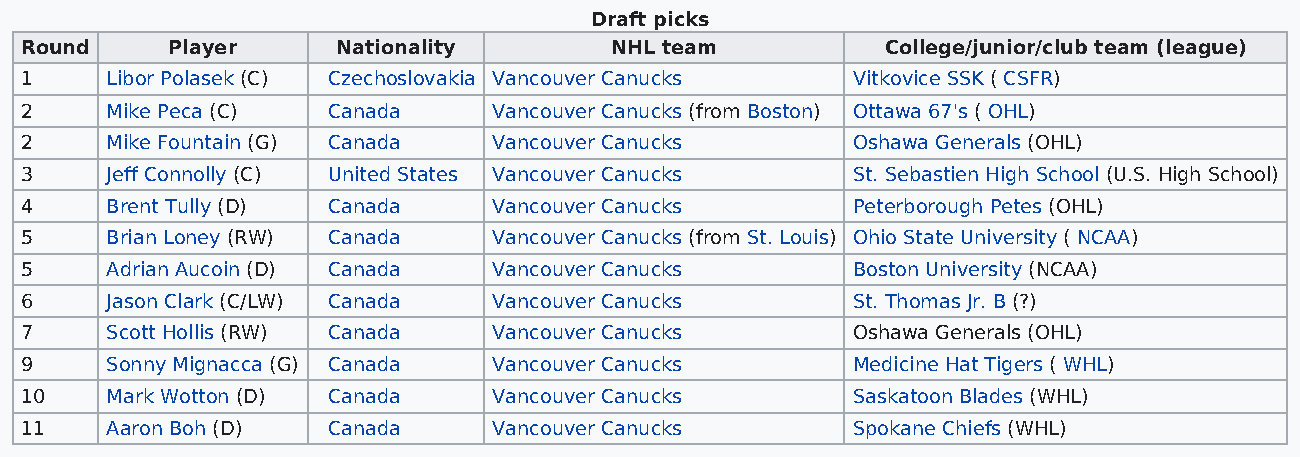
Draft picks
 Round     Player     Nationality       NHL team           College/junior/club team (league)
 1     Libor Polasek (C) Czechoslovakia Vancouver Canucks Vitkovice SSK ( CSFR)
 2     Mike Peca (C)  Canada     Vancouver Canucks (from Boston) Ottawa 67's ( OHL)
 2     Mike Fountain (G) Canada  Vancouver Canucks      Oshawa Generals (OHL)
 3     Jeff Connolly (C) United States Vancouver Canucks St. Sebastien High School (U.S. High School)
 4     Brent Tully (D) Canada    Vancouver Canucks      Peterborough Petes (OHL)
 5     Brian Loney (RW) Canada   Vancouver Canucks (from St. Louis) Ohio State University ( NCAA)
 5     Adrian Aucoin (D) Canada  Vancouver Canucks      Boston University (NCAA)
 6     Jason Clark (C/LW) Canada Vancouver Canucks      St. Thomas Jr. B (?)
 7     Scott Hollis (RW) Canada  Vancouver Canucks      Oshawa Generals (OHL)
 9     Sonny Mignacca (G) Canada Vancouver Canucks      Medicine Hat Tigers ( WHL)
 10    Mark Wotton (D) Canada    Vancouver Canucks      Saskatoon Blades (WHL)
 11    Aaron Boh (D)  Canada     Vancouver Canucks      Spokane Chiefs (WHL)